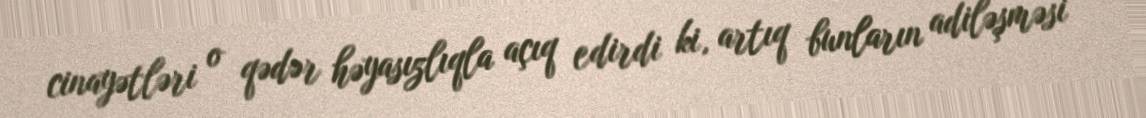
cinayətləri o qədər həyasızlıqla açıq edirdi ki, artıq bunların adiləşməsi